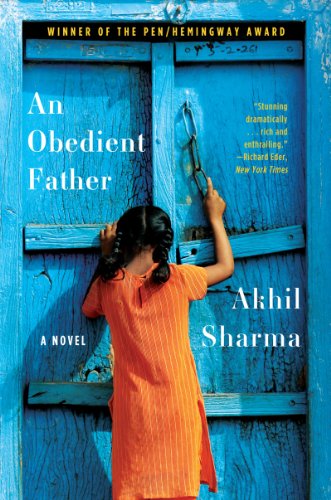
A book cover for An Obedient Father; Akhil Sharma; Literature & Fiction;